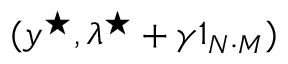
( y ^ { \star } , \lambda ^ { \star } + \gamma 1 _ { N \cdot M } )